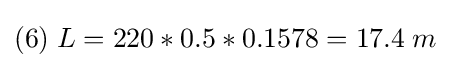
(6)\;L=220*0.5*0.1578=17.4\;m